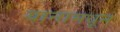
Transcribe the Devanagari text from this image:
यानामधून